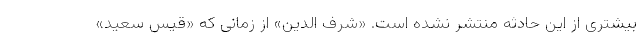
بیشتری از این حادثه منتشر نشده است. «شرف الدین» از زمانی که «قیس سعید»